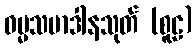
ဓမ္မသမာဒါနသုတ် (စူဠ)